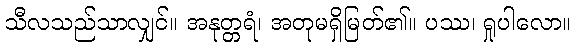
သီလသည်သာလျှင်။ အနုတ္တရံ၊ အတုမရှိမြတ်၏။ ပဿ၊ ရှုပါလော။